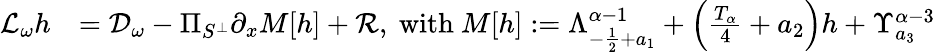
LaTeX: \begin{array}{rl}{\mathcal{L}_{\omega}h}&{=\mathcal{D}_{\omega}-\Pi_{S^{\perp}}\partial_{x}M[h]+\mathcal{R},\mathrm{~with~}M[h]:=\Lambda_{-\frac{1}{2}+a_{1}}^{\alpha-1}+\left(\frac{T_{\alpha}}{4}+a_{2}\right)h+\Upsilon_{a_{3}}^{\alpha-3}}\end{array}